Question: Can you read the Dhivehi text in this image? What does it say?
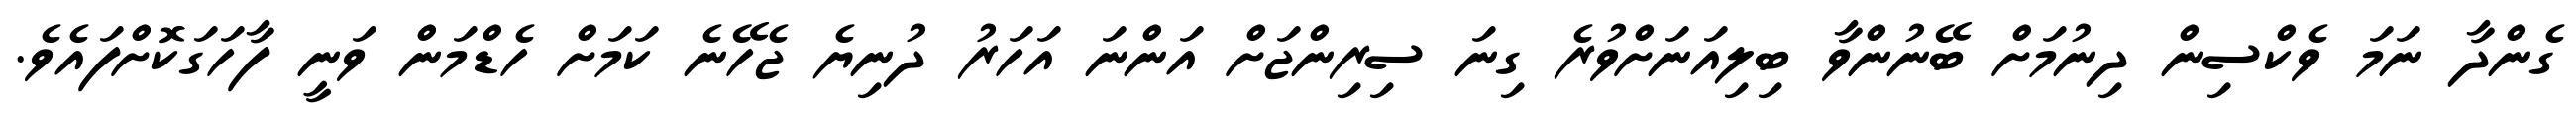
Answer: ގެންދާ ނަމަ ވެކްސިން ދިނުމަށް ބޭނުންވާ ބިލިއަނަށްވުރެ ގިނަ ސިރިންޖަށް އަންނަ އަހަރު ދުނިޔެ ޖެހޭނެ ކަމަށް ހެޑްމަން ވަނީ ފާހަގަކޮށްފައެވެ.